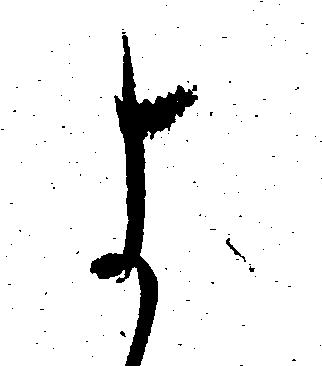
よ